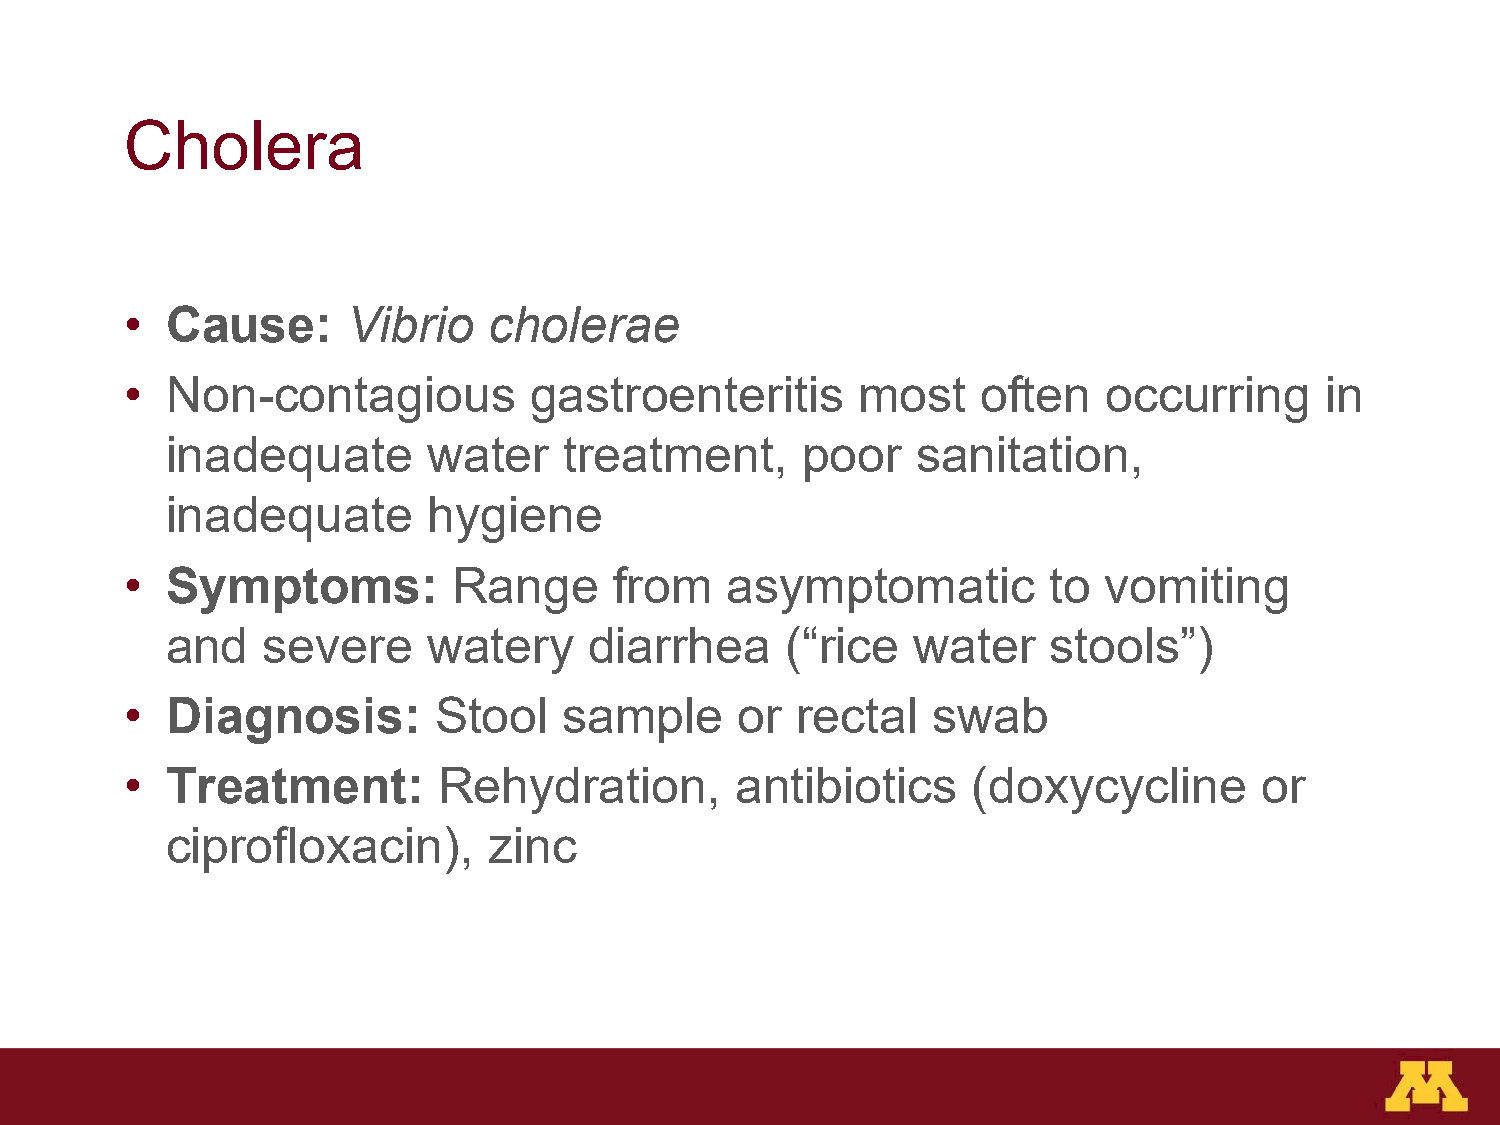
Cholera
 •  Cause:      Vibrio   cholerae
 •  Non-contagious          gastroenteritis       most    often   occurring      in
 inadequate       water    treatment,      poor    sanitation,
 inadequate       hygiene
 •  Symptoms:          Range      from   asymptomatic          to vomiting
 and   severe     watery     diarrhea     (“rice   water    stools”)
 •  Diagnosis:        Stool   sample      or  rectal   swab
 •  Treatment:        Rehydration,        antibiotics    (doxycycline        or
 ciprofloxacin),      zinc